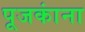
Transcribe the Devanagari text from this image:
पूजकांना